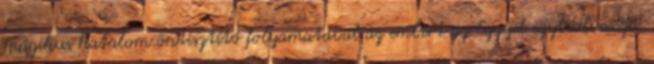
mágikus hatalom öntisztító folyamatával az embert az Eggyel egybeolvassza.